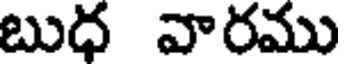
బుధ వారము